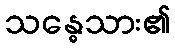
သန္ဓေသား၏